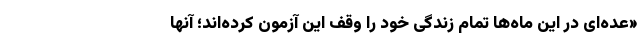
«عده‌ای در این ماه‌ها تمام زندگی خود را وقف این آزمون کرده‌اند؛ آنها